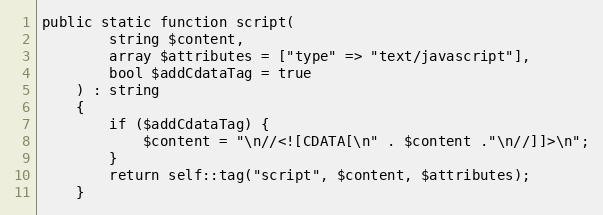
Language: PHP
public static function script(
        string $content,
        array $attributes = ["type" => "text/javascript"],
        bool $addCdataTag = true
    ) : string
    {
        if ($addCdataTag) {
            $content = "\n//<![CDATA[\n" . $content ."\n//]]>\n";
        }
        return self::tag("script", $content, $attributes);
    }